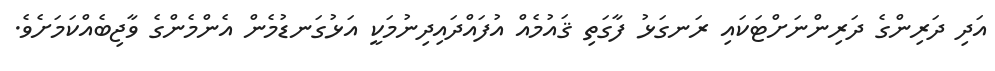
އަދި ދަރިންގެ ދަރިންނަށްޓަކައި ރަނގަޅު ފާގަތި ޤައުމެއް އުފައްދައިދިނުމަކީ އަޅުގަނޑުމެން އެންމެންގެ ވާޖިބެއްކަމަށެވެ.